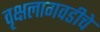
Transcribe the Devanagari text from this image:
वृक्षलागवडीचे